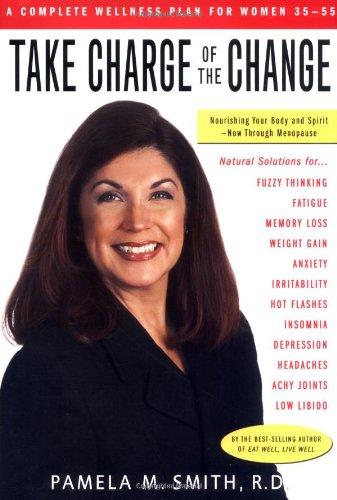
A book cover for Take Charge of the Change; Pamela M. Smith; Health, Fitness & Dieting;